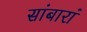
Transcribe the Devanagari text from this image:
सांबारां